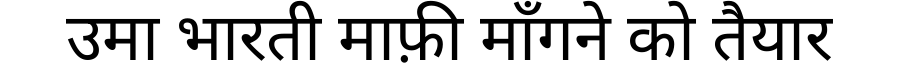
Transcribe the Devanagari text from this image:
उमा भारती माफ़ी माँगने को तैयार